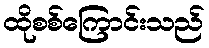
ထိုစစ်ကြောင်းသည်